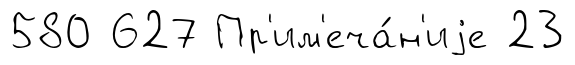
580 627 Пр'им'еча́н'иjе 23